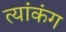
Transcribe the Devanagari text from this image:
त्यांकंग